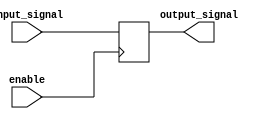
module EnableLatch (
    input wire enable,
    input wire input_signal,
    output reg output_signal
);

always @(posedge enable)
begin
    if(enable)
        output_signal <= input_signal;
end

endmodule